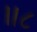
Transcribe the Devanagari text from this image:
॥८